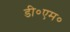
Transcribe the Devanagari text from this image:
डी०एम०